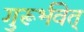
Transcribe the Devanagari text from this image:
गुरूर्भवेत्